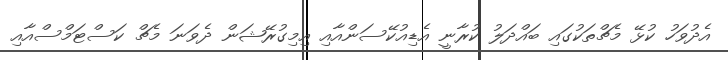
އެދުވަހު ކުޅޭ މެޗްތަކުގައި ބައްދަލު ކުރާނީ އެޑިއުކޭސަންއާއި އިމިގުރޭޝަން ދެވަނަ މެޗް ކަސްޓަމްސްއާއި